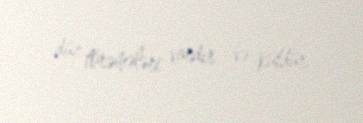
düz törəmələri vardır və kütdür.